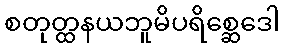
စတုတ္ထနယဘူမိပရိစ္ဆေဒေါ